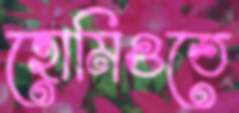
হোমিওতে